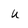
Character: U